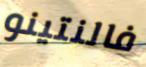
فالنتينو